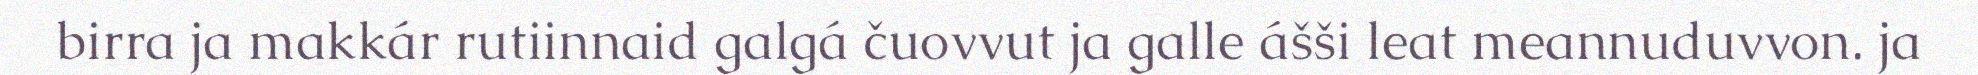
birra ja makkár rutiinnaid galgá čuovvut ja galle ášši leat meannuduvvon. ja